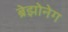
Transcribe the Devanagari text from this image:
ब्रेझोनेग